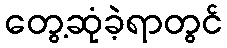
တွေ့ဆုံခဲ့ရာတွင်